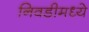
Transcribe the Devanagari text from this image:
निवडीमध्ये